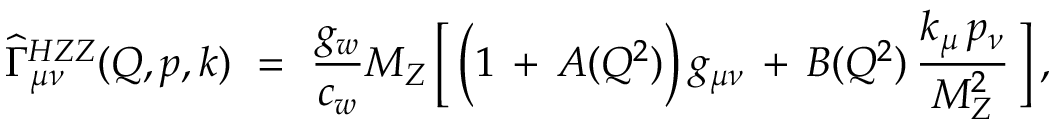
\widehat { \Gamma } _ { \mu \nu } ^ { H Z Z } ( Q , p , k ) \ = \ \frac { g _ { w } } { c _ { w } } M _ { Z } \, \Big [ \, \Big ( 1 \, + \, A ( Q ^ { 2 } ) \Big ) \, g _ { \mu \nu } \, + \, B ( Q ^ { 2 } ) \, \frac { k _ { \mu } \, p _ { \nu } } { M _ { Z } ^ { 2 } } \, \Big ] \, ,